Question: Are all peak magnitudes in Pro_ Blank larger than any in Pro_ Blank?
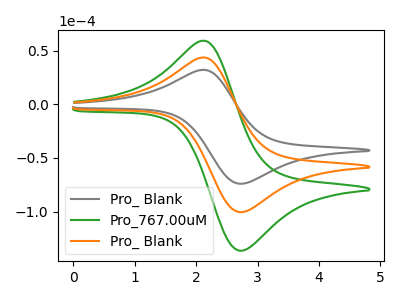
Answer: <think>The gray curve "Pro_ Blank" has an anodic peak at (2.15V, 32.10uA) and a cathodic peak at (2.70V, -74.05uA). The green curve "Pro_767.00uM" has an anodic peak at (2.15V, 87.20uA) and a cathodic peak at (2.70V, -201.05uA). The orange curve "Pro_ Blank" has an anodic peak at (2.15V, 43.60uA) and a cathodic peak at (2.70V, -100.55uA).</think>
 <answer>Every peak in "Pro_ Blank" is lower than every peak in "Pro_ Blank".</answer>
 <eval>lower</eval>